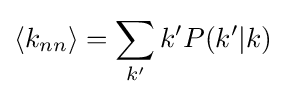
\langle k_{nn}\rangle =\sum _{k'}{k'P(k'|k)}